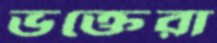
ভক্তেরা